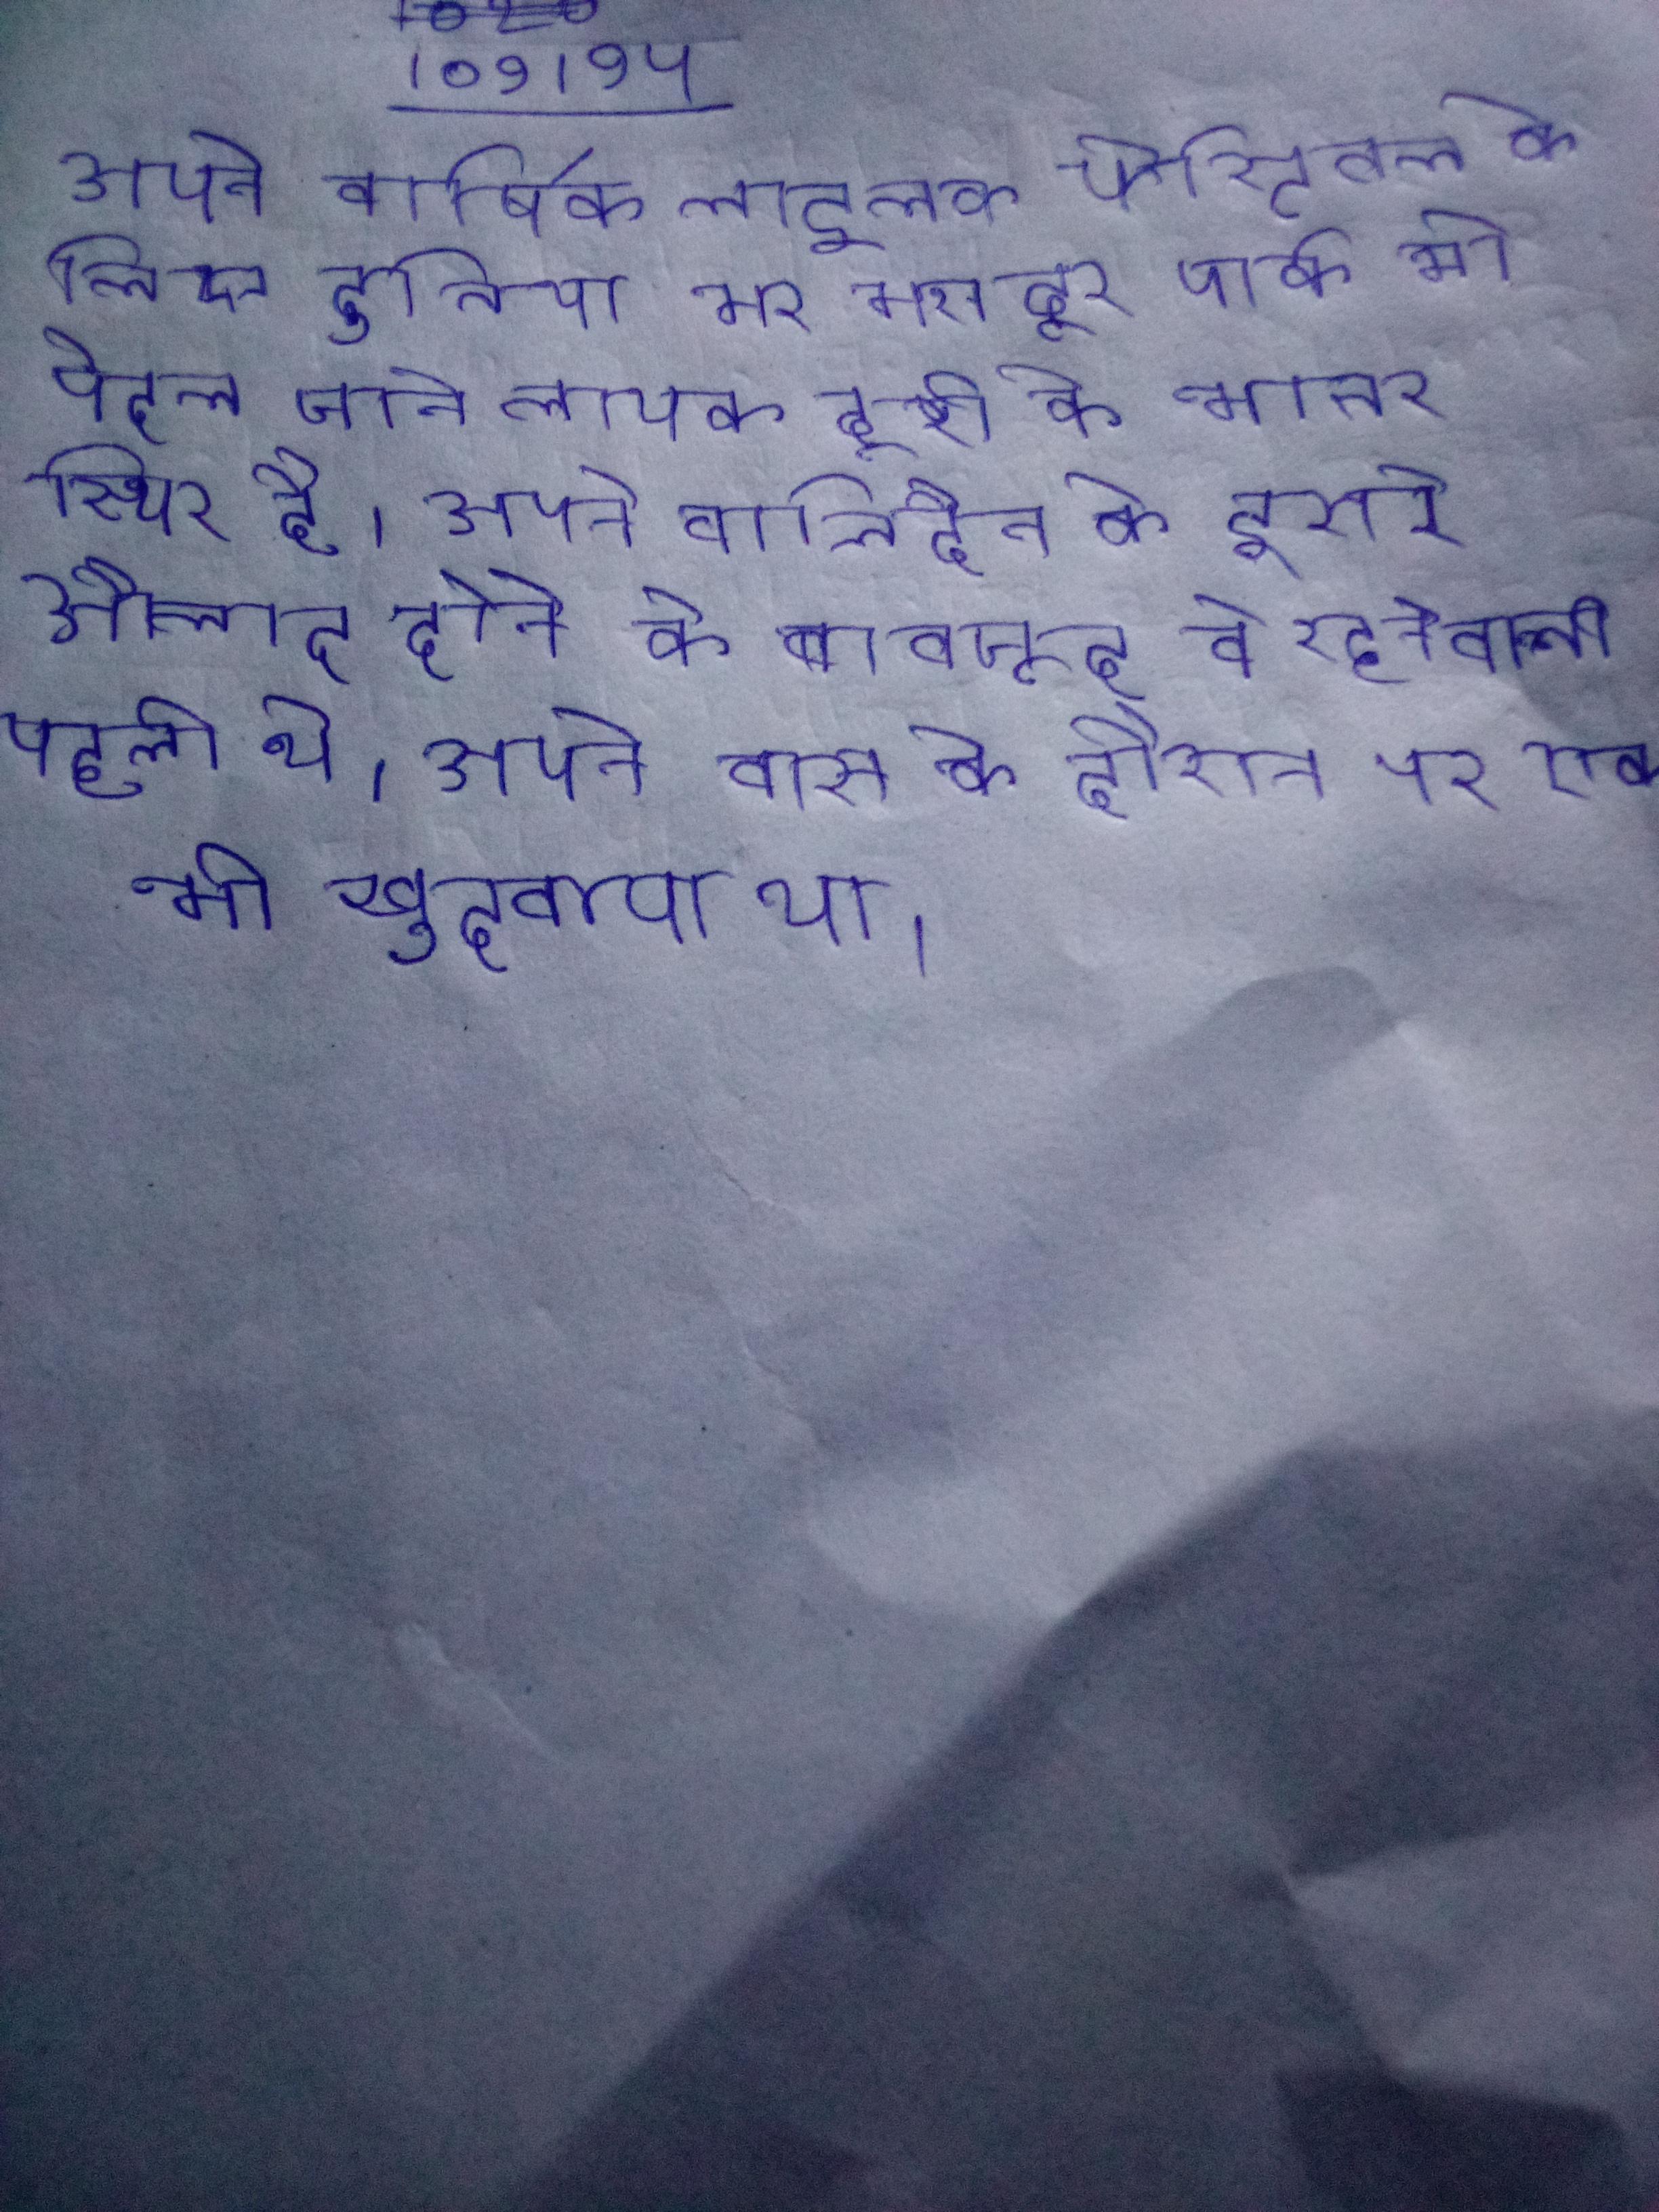
अपने वार्षिक लाइलक फेस्टिवल के लिए दुनिया भर मशहूर पार्क भी पैदल जाने लायक दूरी के भीतर स्थित है । अपने वालिदैन के दूसरे औलाद होने के बावजूद वे रहनेवाली पहली थे । अपने वास के दौरान पर एक भी खुदवाया था ।